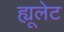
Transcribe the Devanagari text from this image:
ह्यूलेट